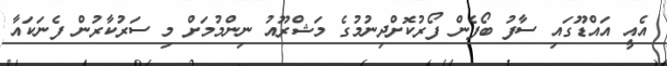
އެއީ އައްޑޫގައި ސާފު ބޯފެން ފޯރުކޮށްދިނުމުގެ މަޝްރޫއު ނިންމުމަށް މި ސަރުކާރުން ފެނަކައާ